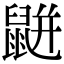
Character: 𪕒